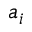
a _ { i }